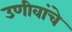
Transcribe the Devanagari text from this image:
उणीवांचे